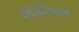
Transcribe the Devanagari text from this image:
पेनिसिलम